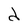
Character: d